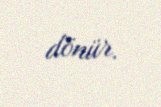
dönür.